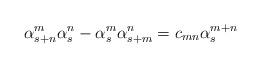
LaTeX: \begin{align*}\alpha _{s+n}^{m}\alpha _{s}^{n}-\alpha _{s}^{m}\alpha_{s+m}^{n}=c_{mn}\alpha _{s}^{m+n} \end{align*}